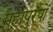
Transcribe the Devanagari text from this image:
महापुरषों